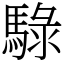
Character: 騄